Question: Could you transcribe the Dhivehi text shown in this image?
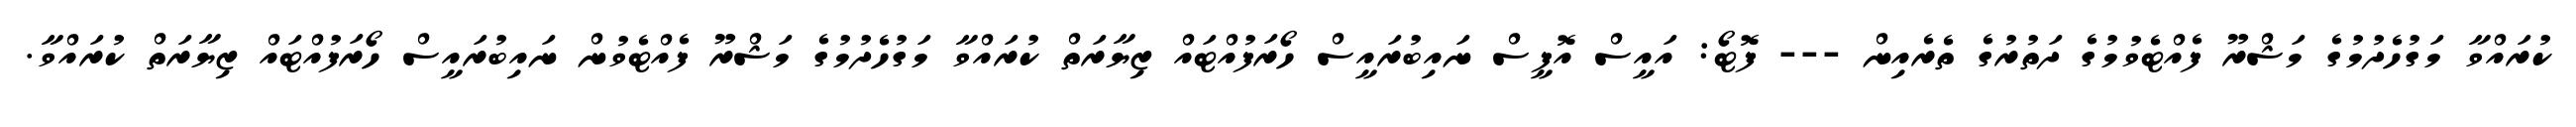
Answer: ކުރައްވާ މަގުހެދުމުގެ މަޝްރޫ ފެއްޓެވުމުގެ ދަތުރުގެ ތެރެއިން --- ފޮޓޯ: އައީސް އޮފީސް ނައިބުރައީސް ހޯރަފުއްޓައް ޒިޔާރަތް ކުރައްވާ މަގުހެދުމުގެ މަޝްރޫ ފެއްޓެވުން ނައިބުރައީސް ހޯރަފުއްޓައް ޒިޔާރަތް ކުރައްވާ.